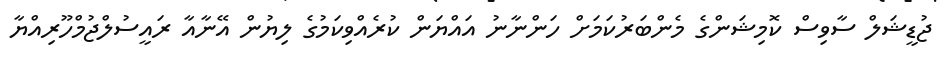
ޖުޑީޝަލް ސާވިސް ކޮމިޝަންގެ މެންބަރުކަމަށް ހަންނާނު އައްޔަން ކުރެއްވިކަމުގެ ލިޔުން އޭނާއާ ރައީސުލްޖުމްހޫރިއްޔާ